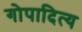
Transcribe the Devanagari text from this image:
गोपादित्य